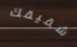
شقيقك